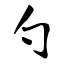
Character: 勺